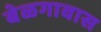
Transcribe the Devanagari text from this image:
बेळगावास